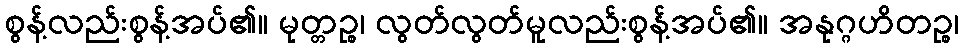
စွန့်လည်းစွန့်အပ်၏။ မုတ္တဉ္စ၊ လွတ်လွတ်မူလည်းစွန့်အပ်၏။ အနုဂ္ဂဟိတဉ္စ၊